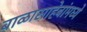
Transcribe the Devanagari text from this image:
बाळासाहेबांमध्ये